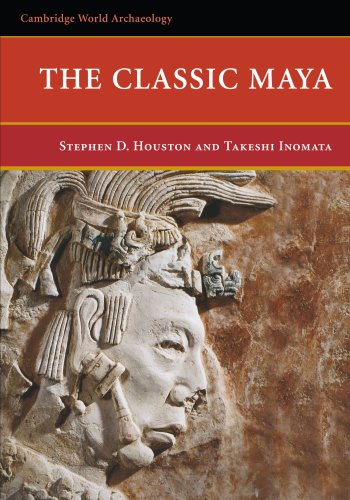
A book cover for The Classic Maya (Cambridge World Archaeology); Stephen D. Houston; History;